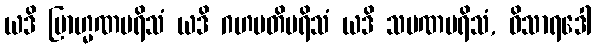
ယဒိ ဗြာဟ္မဏပရိသံ ယဒိ ဂဟပတိပရိသံ ယဒိ သမဏပရိသံ, ဝိသာရဒေါ